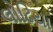
લોઢિયા